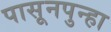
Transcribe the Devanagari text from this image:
पासूनपुन्हा